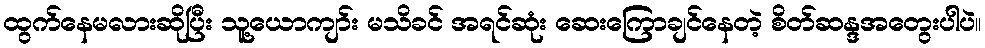
ထွက်နေမလားဆိုပြီး သူ့ယောကျာ်း မသိခင် အရင်ဆုံး ဆေးကြောချင်နေတဲ့ စိတ်ဆန္ဒအတွေးပါပဲ။